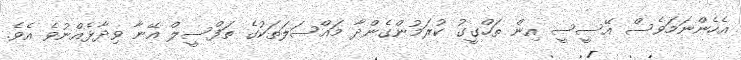
އެހެންނަމަވެސް އޭސީސީ އިން ތަހްގީގު ކުރަމުންގެންދާ މައްސަލަތަކުގެ ތަފްސީލް އޭނާ ވިދާޅެއްނުވެ އެވެ.